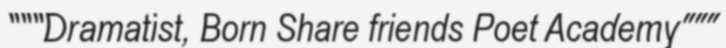
"""Dramatist, Born Share friends Poet Academy"""